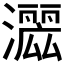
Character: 𱩲